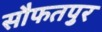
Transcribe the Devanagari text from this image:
सौफतपुर